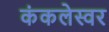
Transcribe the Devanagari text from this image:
कंकलेस्वर